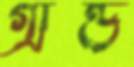
গ্রান্ড